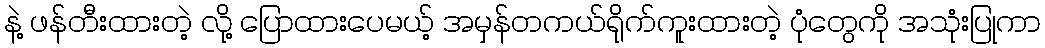
နဲ့ ဖန်တီးထားတဲ့ လို့ ပြောထားပေမယ့် အမှန်တကယ်ရိုက်ကူးထားတဲ့ ပုံတွေကို အသုံးပြုကာ